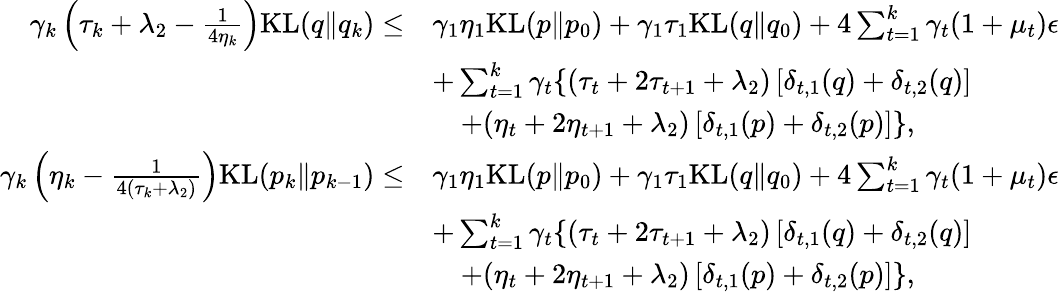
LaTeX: \begin{array}{rl}{\gamma_{k}\left(\tau_{k}+\lambda_{2}-\frac{1}{4\eta_{k}}\right)\mathrm{KL}(q\| q_{k})\leq}&{\gamma_{1}\eta_{1}\mathrm{KL}(p\| p_{0})+\gamma_{1}\tau_{1}\mathrm{KL}(q\| q_{0})+4\sum_{t=1}^{k}\gamma_{t}(1+\mu_{t})\epsilon}\\ &{+\sum_{t=1}^{k}\gamma_{t}\{ (\tau_{t}+2\tau_{t+1}+\lambda_{2})\left[\delta_{t,1}(q)+\delta_{t,2}(q)\right]}\\ &{\, \, \, \, \, \, +(\eta_{t}+2\eta_{t+1}+\lambda_{2})\left[\delta_{t,1}(p)+\delta_{t,2}(p)\right]\} ,}\\ {\gamma_{k}\left(\eta_{k}-\frac{1}{4(\tau_{k}+\lambda_{2})}\right)\mathrm{KL}(p_{k}\| p_{k-1})\leq}&{\gamma_{1}\eta_{1}\mathrm{KL}(p\| p_{0})+\gamma_{1}\tau_{1}\mathrm{KL}(q\| q_{0})+4\sum_{t=1}^{k}\gamma_{t}(1+\mu_{t})\epsilon}\\ &{+\sum_{t=1}^{k}\gamma_{t}\{ (\tau_{t}+2\tau_{t+1}+\lambda_{2})\left[\delta_{t,1}(q)+\delta_{t,2}(q)\right]}\\ &{\, \, \, \, \, \, +(\eta_{t}+2\eta_{t+1}+\lambda_{2})\left[\delta_{t,1}(p)+\delta_{t,2}(p)\right]\} ,}\end{array}